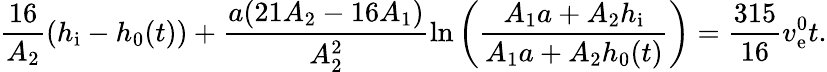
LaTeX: \frac{16}{A_{2}}(h_{\mathrm{i}}-h_{0}(t))+\frac{a(21A_{2}-16A_{1})}{A_{2}^{2}}\ln{\left(\frac{A_{1}a+A_{2}h_{\mathrm{i}}}{A_{1}a+A_{2}h_{0}(t)}\right)}=\frac{315}{16}v_{\mathrm{e}}^{0}t.